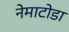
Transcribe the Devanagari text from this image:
नेमाटोडा